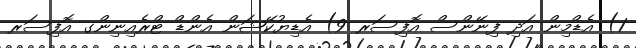
1) އެޑްމިން އަދި ފިނޭންސް އޮފިސަރ 9) އެޑިޔުކޭޝަން އެންޑް ޓްރެއިނިންގ އޮފިސަރ